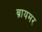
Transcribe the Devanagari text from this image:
ब्रायमर